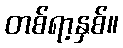
တစ်ရာ့နှစ်။